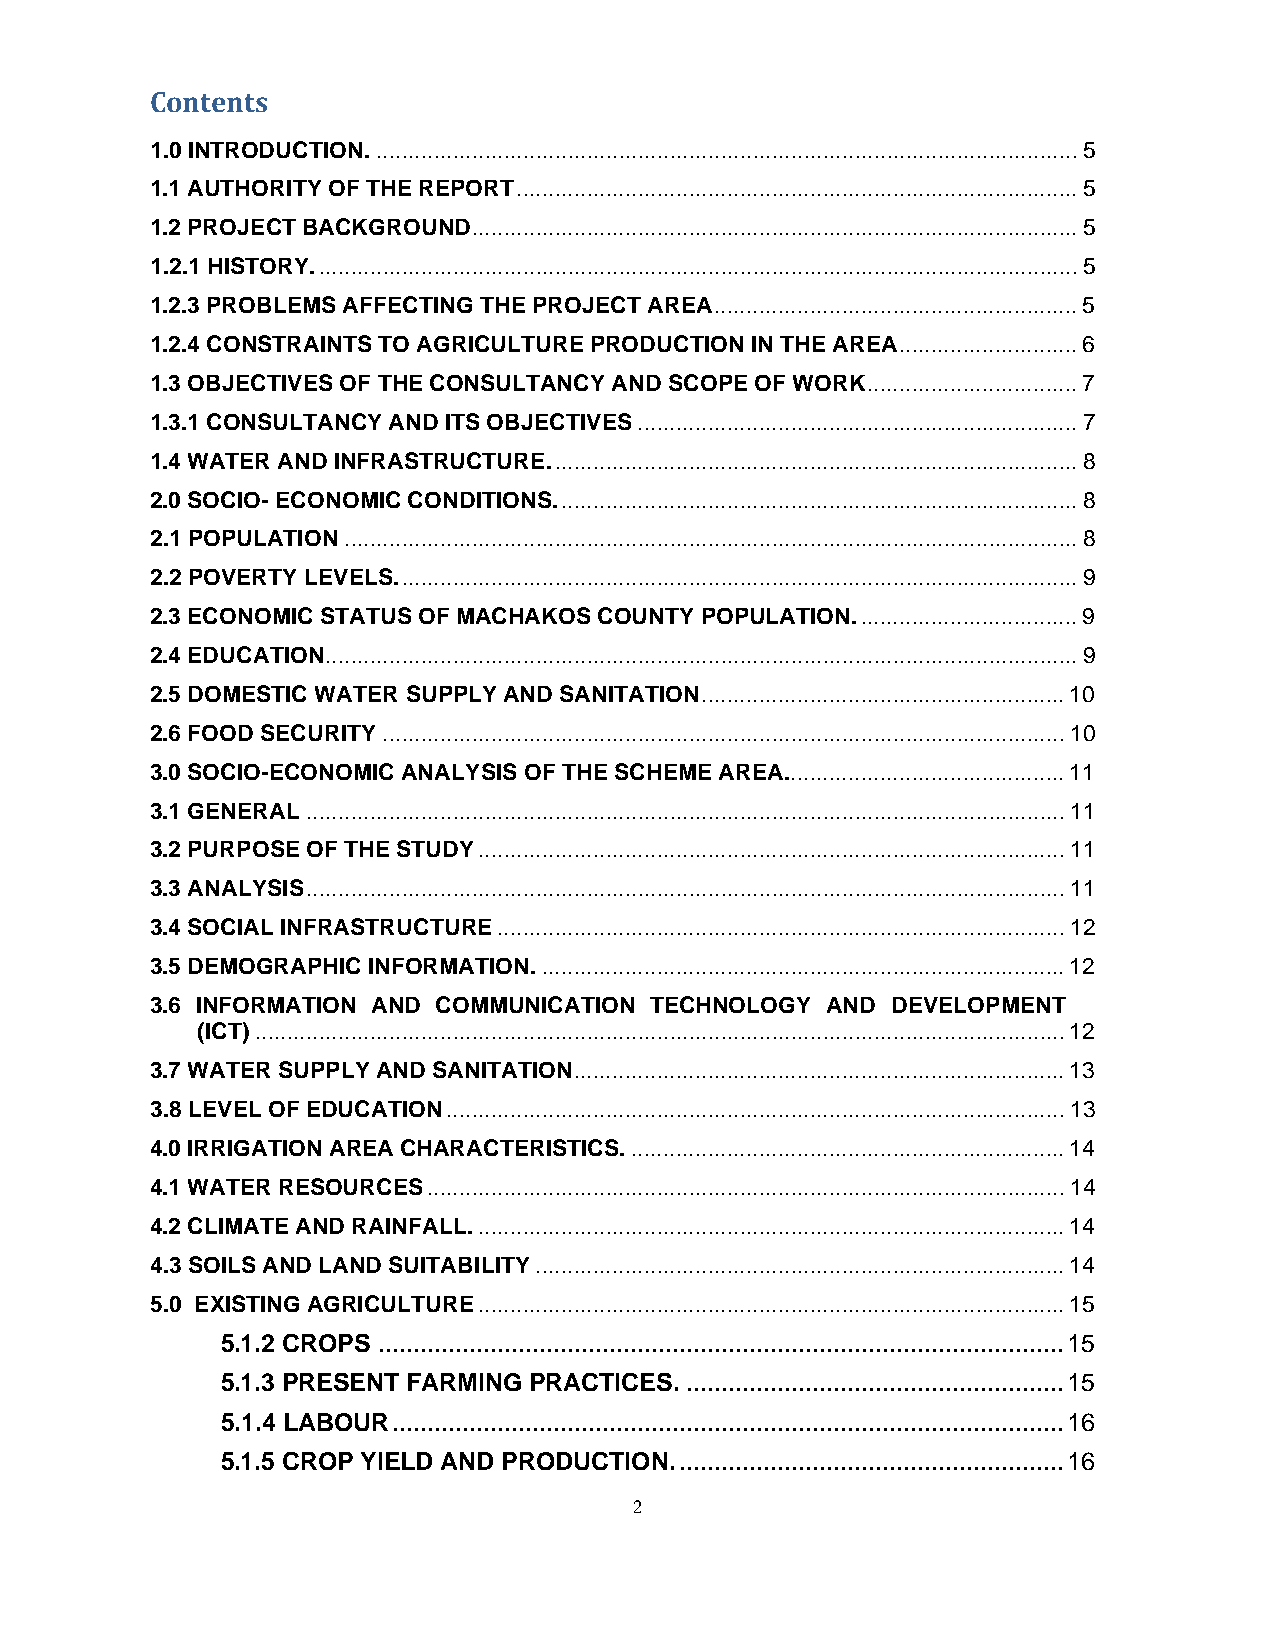
Contents
 1.0 INTRODUCTION...............................................................................................................5
 1.1 AUTHORITY OF THE REPORT........................................................................................5
 1.2 PROJECT BACKGROUND...............................................................................................5
 1.2.1 HISTORY........................................................................................................................5
 1.2.3 PROBLEMS AFFECTING THE PROJECT AREA.........................................................5
 1.2.4 CONSTRAINTS TO AGRICULTURE PRODUCTION IN THE AREA............................6
 1.3 OBJECTIVES OF THE CONSULTANCY AND SCOPE OF WORK.................................7
 1.3.1 CONSULTANCY AND ITS OBJECTIVES.....................................................................7
 1.4 WATER AND INFRASTRUCTURE...................................................................................8
 2.0 SOCIO- ECONOMIC CONDITIONS..................................................................................8
 2.1 POPULATION...................................................................................................................8
 2.2 POVERTY LEVELS...........................................................................................................9
 2.3 ECONOMIC STATUS OF MACHAKOS COUNTY POPULATION...................................9
 2.4 EDUCATION......................................................................................................................9
 2.5 DOMESTIC WATER SUPPLY AND SANITATION.........................................................10
 2.6 FOOD SECURITY...........................................................................................................10
 3.0 SOCIO-ECONOMIC ANALYSIS OF THE SCHEME AREA............................................11
 3.1 GENERAL.......................................................................................................................11
 3.2 PURPOSE OF THE STUDY............................................................................................11
 3.3 ANALYSIS.......................................................................................................................11
 3.4 SOCIAL INFRASTRUCTURE.........................................................................................12
 3.5 DEMOGRAPHIC INFORMATION...................................................................................12
 3.6 INFORMATION AND COMMUNICATION TECHNOLOGY AND DEVELOPMENT
 (ICT)...............................................................................................................................12
 3.7 WATER SUPPLY AND SANITATION.............................................................................13
 3.8 LEVEL OF EDUCATION.................................................................................................13
 4.0 IRRIGATION AREA CHARACTERISTICS.....................................................................14
 4.1 WATER RESOURCES....................................................................................................14
 4.2 CLIMATE AND RAINFALL.............................................................................................14
 4.3 SOILS AND LAND SUITABILITY...................................................................................14
 5.0 EXISTING AGRICULTURE............................................................................................15
 5.1.2 CROPS ..................................................................................................15
 5.1.3 PRESENT FARMING PRACTICES.......................................................15
 5.1.4 LABOUR................................................................................................16
 5.1.5 CROP YIELD AND PRODUCTION........................................................16
 2